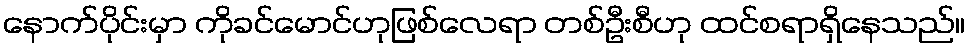
နောက်ပိုင်းမှာ ကိုခင်မောင်ဟုဖြစ်လေရာ တစ်ဦးစီဟု ထင်စရာရှိနေသည်။